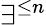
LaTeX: \exists^{\leq n}